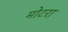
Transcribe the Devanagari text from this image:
मोटरा